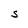
Character: S